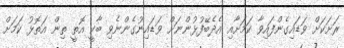
ރަށަކަށް ވަޑައިގެންފައިވާ ކަމަށާއި އެދެބޭފުޅުންނަށް ވަޑައިނުގެންނެވި ބާކީ އޮތީ ތިން އަތޮޅު ކަމަށް